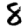
Digit: 8